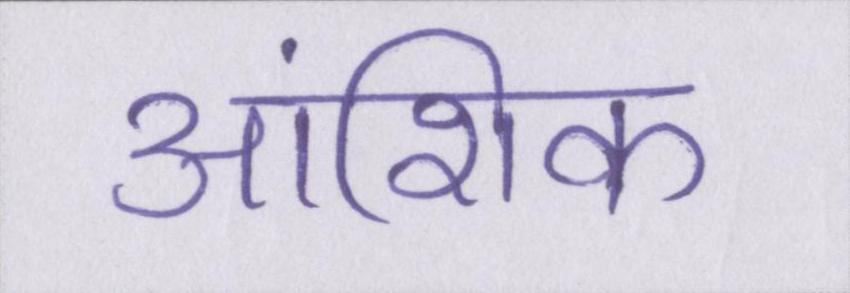
आंशिक